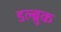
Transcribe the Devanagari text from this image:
डल्ब्रुक